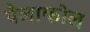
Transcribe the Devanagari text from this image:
पैलाकोल